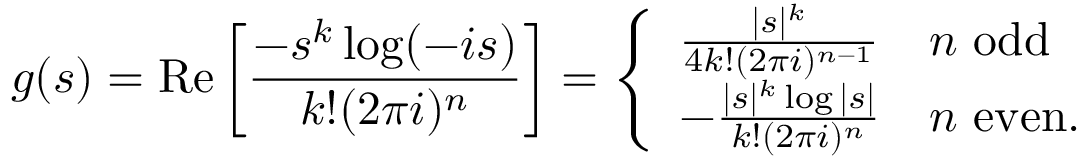
g ( s ) = \operatorname { R e } \left[ { \frac { - s ^ { k } \log ( - i s ) } { k ! ( 2 \pi i ) ^ { n } } } \right] = { \left\{ \begin{array} { l l } { { \frac { | s | ^ { k } } { 4 k ! ( 2 \pi i ) ^ { n - 1 } } } } & { n { \mathrm { ~ o d d } } } \\ { - { \frac { | s | ^ { k } \log | s | } { k ! ( 2 \pi i ) ^ { n } } } } & { n { \mathrm { ~ e v e n . } } } \end{array} \right. }